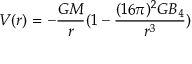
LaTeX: V ( r ) = - { \frac { G M } { r } } ( 1 - { \frac { ( 1 6 \pi ) ^ { 2 } G B _ { 4 } } { r ^ { 3 } } } )